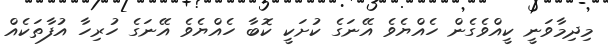
މިދިމާވަނީ ކީއްވެގެން ހެއްޔެވެ އޭނަގެ ކުށަކީ ކޮބާ ހެއްޔެވެ އޭނަގެ ހުރިހާ އުފާތަކެއް